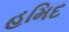
હમિદ